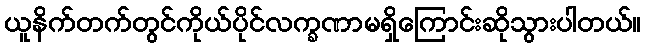
ယူနိက်တက်တွင်ကိုယ်ပိုင်လက္ခဏာမရှိကြောင်းဆိုသွားပါတယ်။